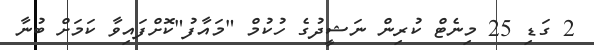
2 ގަޑި 25 މިނެޓް ކުރިން ނަޝީދުގެ ހުކުމް "މައާފު"ކޮށްފައިވާ ކަމަށް ބުނާ